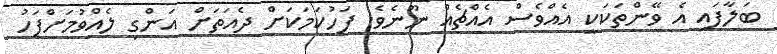
ބަލާފައި އެ ވޭންތަކަކީ އެއްވެސް އެއްޗެއް ނޫނެވެ. ފަހުކަމަކަށް ދެއަތަށް އަންގި ލެއްވުމަށްފަހު